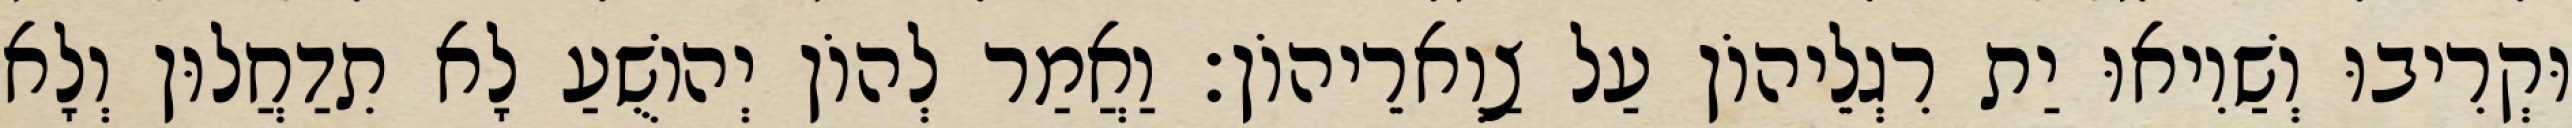
וּקְרִיבוּ וְשַׁוִיאוּ יַת רִגְלֵיהוֹן עַל צַוְארֵיהוֹן׃ וַאֲמַר לְהוֹן יְהוֹשֻׁעַ לָא תִדַחֲלוּן וְלָא